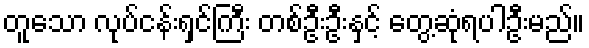
တူသော လုပ်ငန်းရှင်ကြီး တစ်ဦးဦးနှင့် တွေ့ဆုံရပါဦးမည်။